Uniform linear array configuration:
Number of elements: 48
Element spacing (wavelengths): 1
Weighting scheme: uniform
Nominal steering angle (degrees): -15
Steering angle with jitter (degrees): -15.258
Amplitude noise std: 0.05
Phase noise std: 0.05

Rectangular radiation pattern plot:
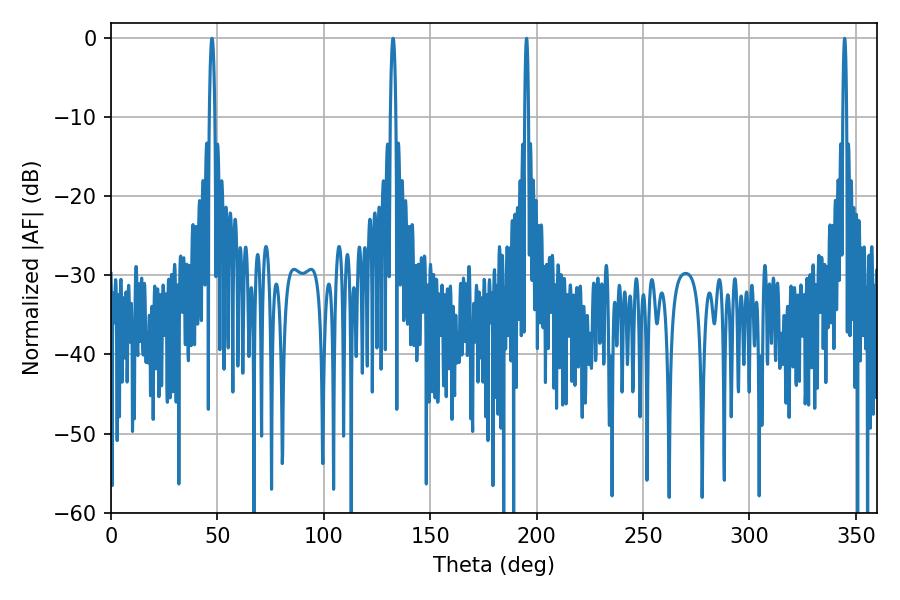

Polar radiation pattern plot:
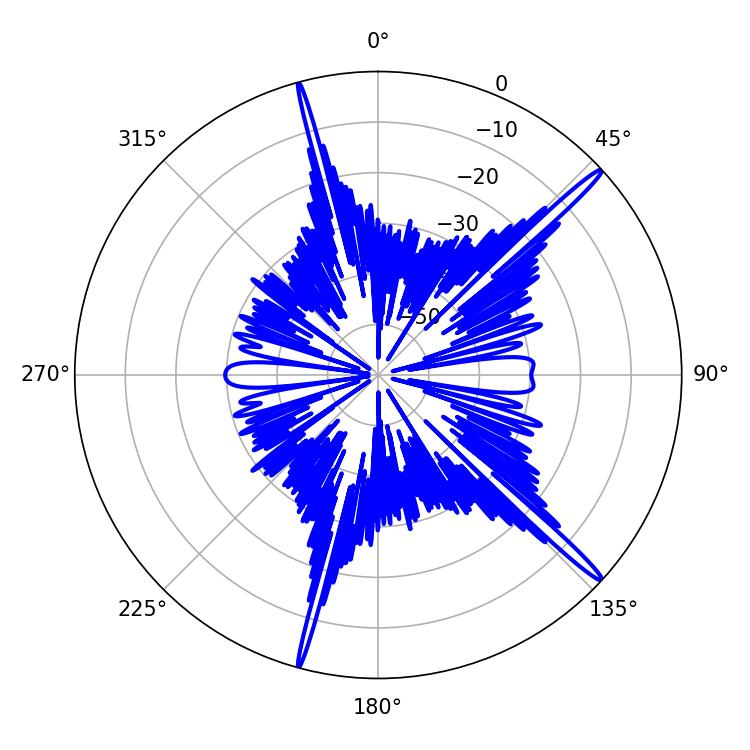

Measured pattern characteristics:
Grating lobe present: TRUE
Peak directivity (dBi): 17.696
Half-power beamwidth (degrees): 0.9
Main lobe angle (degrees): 344.7